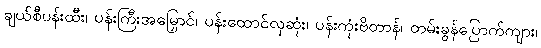
ချယ်စီပန်းထီး၊ ပန်းကြီးအမြှောင်၊ ပန်းထောင်လှဆုံး၊ ပန်းကုံးဗိတာန်၊ တမ်းခွန်ပြောက်ကျား၊